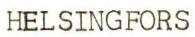
HELSINGFORS